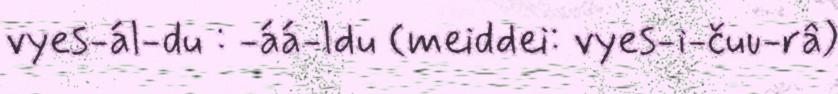
vyes-ál-du : -áá-ldu (meiddei: vyes-i-čuu-râ)